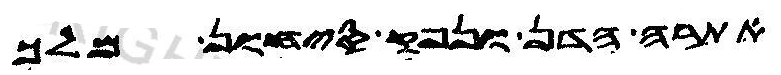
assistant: אתרה הדן ונפק סיחון מלך